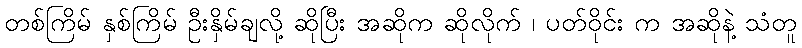
တစ်ကြိမ် နှစ်ကြိမ် ဦးနှိမ်ချလို့ ဆိုပြီး အဆိုက ဆိုလိုက် ၊ ပတ်ဝိုင်း က အဆိုနဲ့ သံတူ